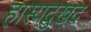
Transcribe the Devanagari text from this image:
हास्यदुखद